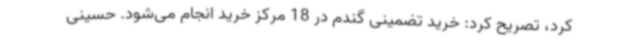
کرد، تصریح کرد: خرید تضمینی گندم در 18 مرکز خرید انجام می‌شود. حسینی